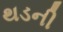
થડની